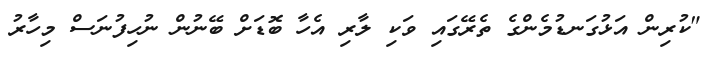
"ކުރިން އަޅުގަނޑުމެންގެ ތެރޭގައި ވަކި ލާރި އެހާ ބޮޑަށް ބޭނުން ނުހިފުނަސް މިހާރު